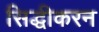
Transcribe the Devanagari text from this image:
सिद्धीकरन